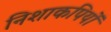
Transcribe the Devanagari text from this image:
निशाकपियों